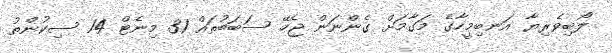
ލޯބިވެރިޔާ އަނބިމީހާގެ މަގާމަށް ގެންނަން ޖެހޭ ސަބަބުތައް 31 މިނެޓް 14 ސިކުންތު